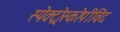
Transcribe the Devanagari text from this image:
स्पेक्ट्रोस्कोपीविद